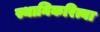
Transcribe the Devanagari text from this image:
स्थानिकरित्या